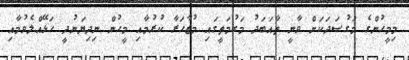
މިމީހުންގެ މަގުސަދަކަށް ވާނީ ތާއަބަދު މަގުމަތީގައި މުޒާހަރާ ކުރުމާއި މީހުން ނިދިޔަނުދީ ހަޅޭއްލެވުމާއި